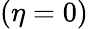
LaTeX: (\eta=0)